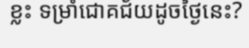
ខ្លះ ទម្រាំជោគជ័យដូចថ្ងៃនេះ?